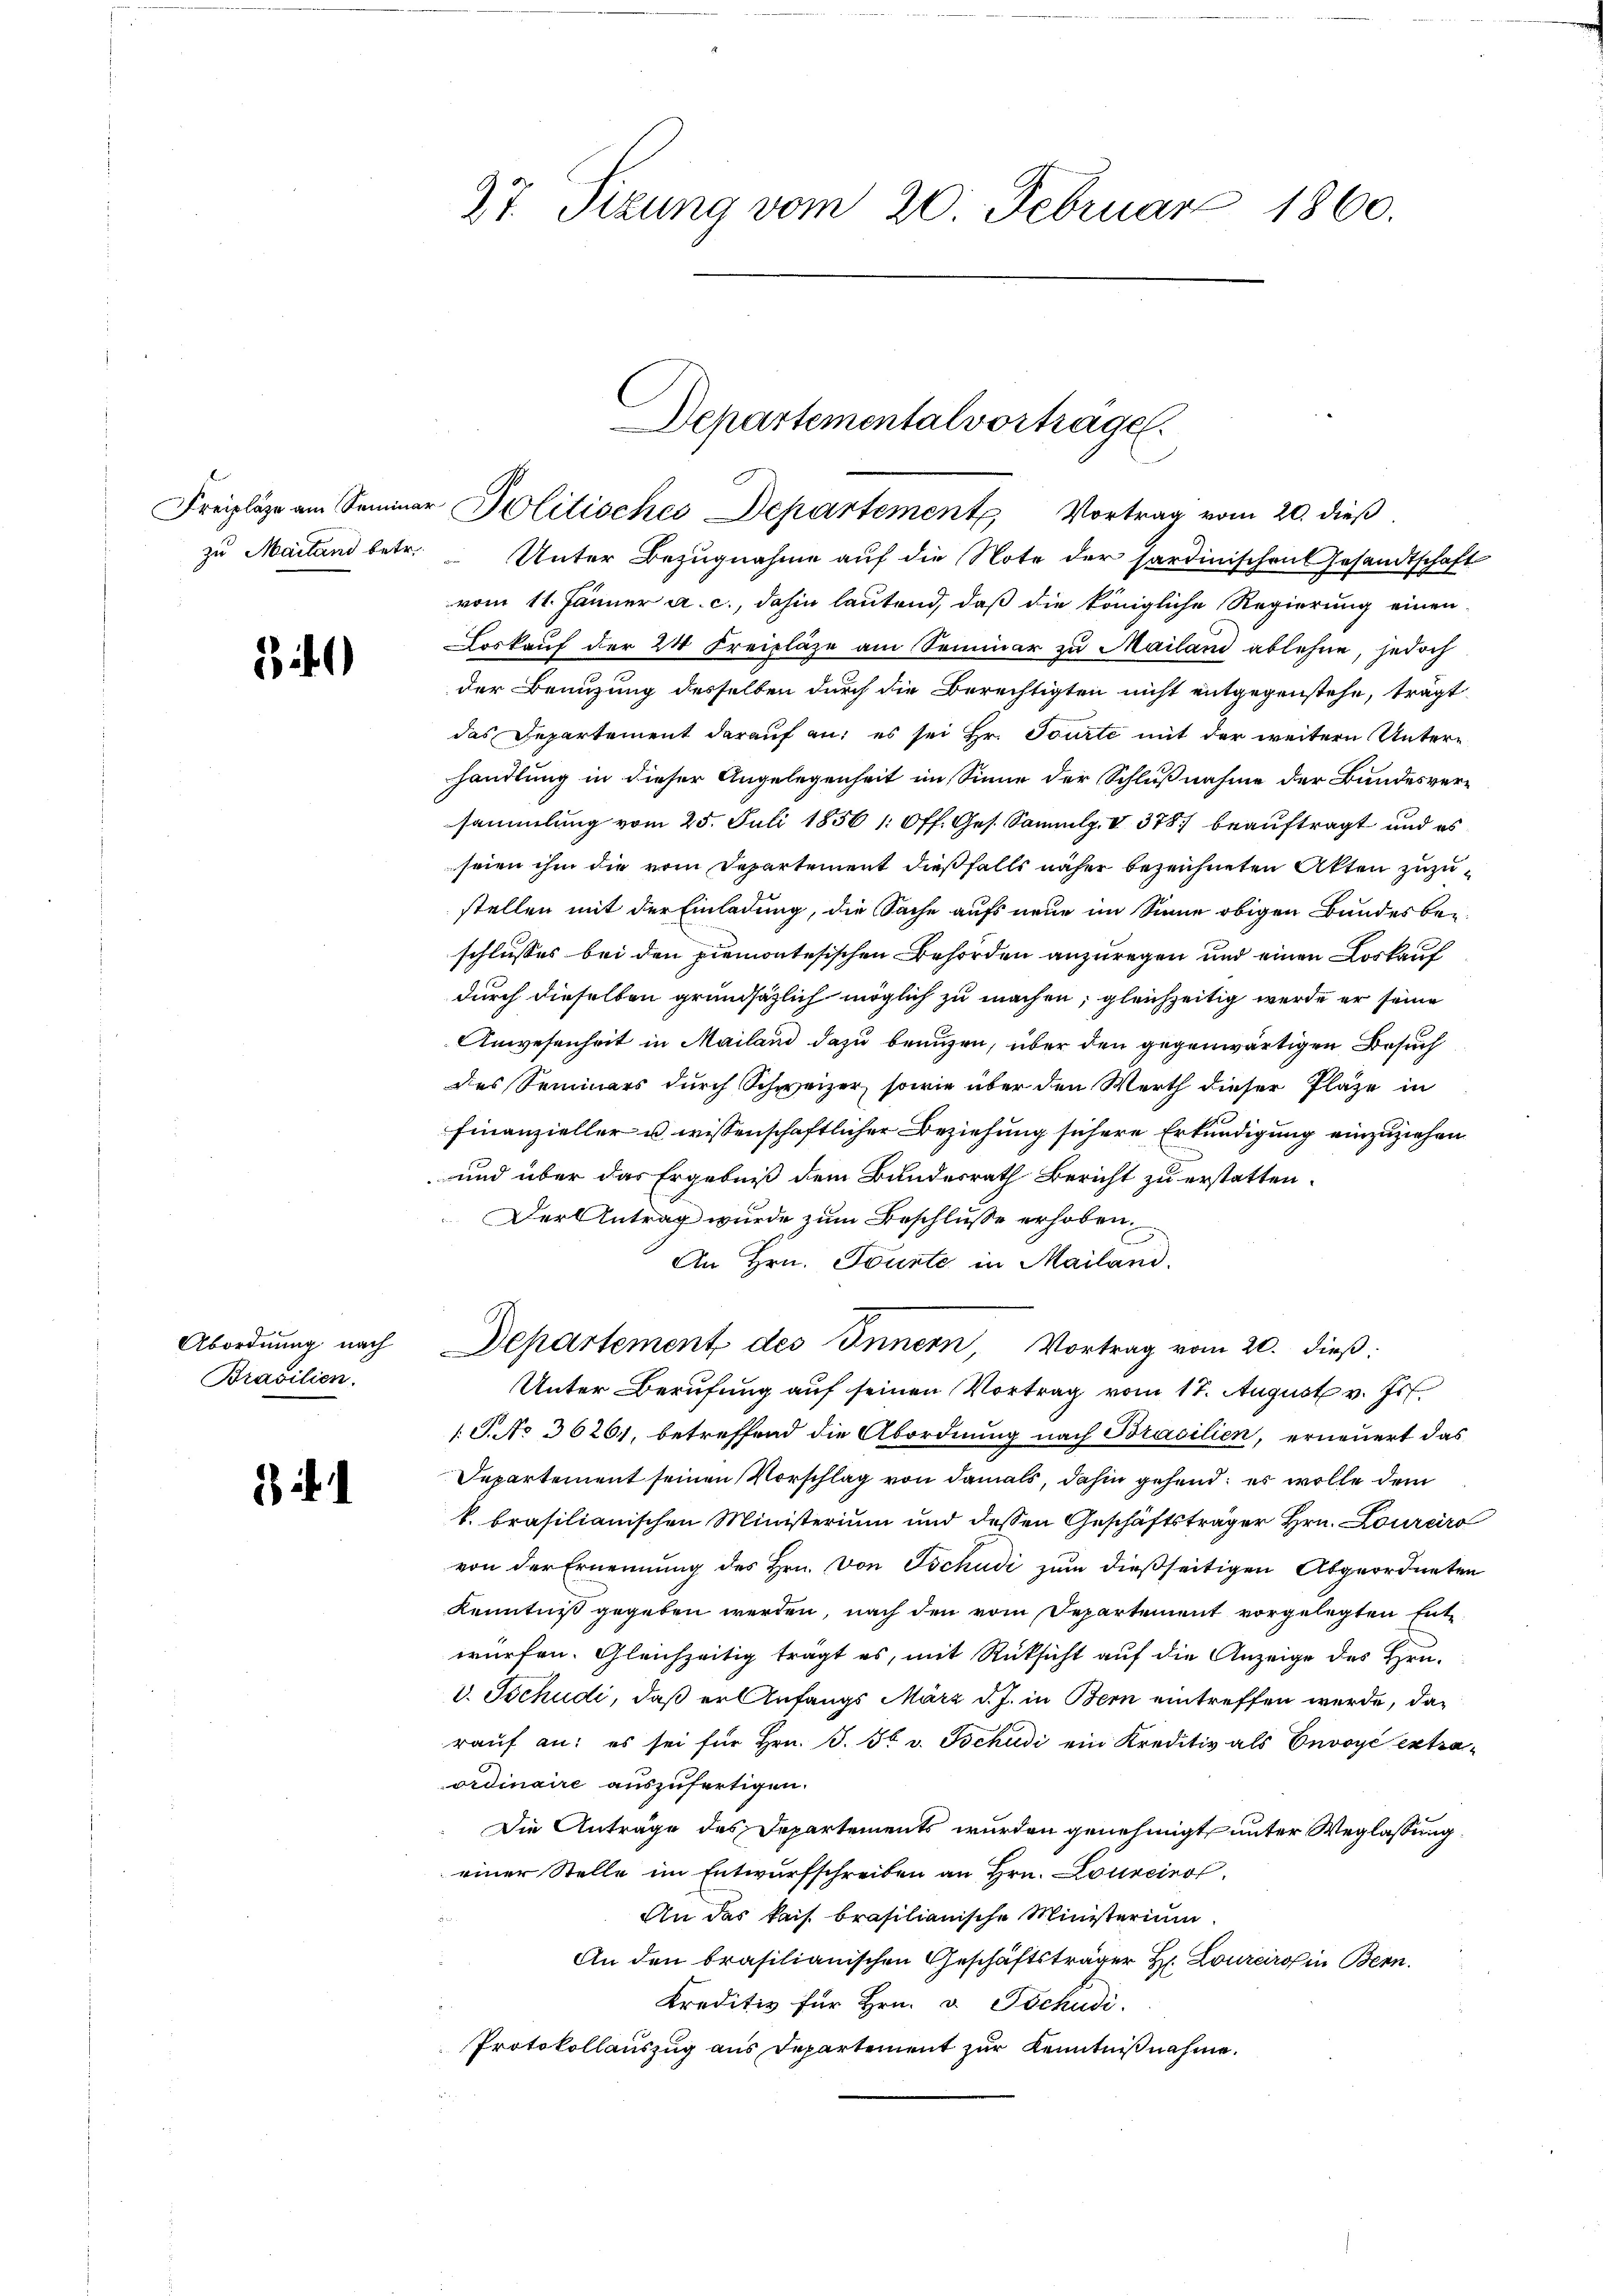
zu Mailand betr.

3

Abordnung nach
Brasilien.

) ih

27 Sizung vom 20. Februar 1860.

Unter Bezugnahme auf die Note der Sardinischen Gesandtschaft
vom 11. Jänner a. c., dahin lautend, daß die königliche Regierung einen
Loskauf der 24 Freilage am Seminar zu Mailand ablehne, jedoch
der Benuzung desselben durch die Berechtigten nicht entgegenstehe, trägt
das Departement darauf an, es sei Hr. Tourte mit der weitern Untere
handlung in dieser Angelegenheit im Sinne der Schlußnahme der Bandesversammlung vom 25. Juli 1856 /: 6 ff. Ges. Sammlg. V 3787 beauftragt und es
seien ihm die vom Departement dießfalls näher bezeichneten Akten zuzustellen mit der Einladung, die Sache aufs neue im Sinne obigen Bundesbeschlusses bei den Piemontesischen Behörden anzuregen und einen Loskauf
durch dieselben grundsätzlich möglich zu machen, gleichzeitig werde er seine
Anwesenheit in Mailand dazu benuzen, über den gegenwärtigen Besuch
des Seminars durch Schweizer, sowie über den Werth dieser Plaze in
Finanzieller u. wissenschaftlicher Beziehung sichere Erkundigung einzuziehen
und über das Ergebniß dem Bundesrath Bericht zu erstatten.
Der Antrag wurde zum Beschluße erhoben.
An Hrn. Tourte in Mailand.
Departement des Innern, Vortrag vom 20. dieß:
Unter Berufung auf seinen Vortrag vom 17. August v. Js.
1 S. No 36261, betreffend die Abordnung nach Brasilien, erneuert das
Separtement seinen Vorschlag von damals, dahin gehend; es wolle dem
k. brasilianischen Ministerium und dessen Geschäftsträger Hrn. Lourcir
von der Ernennung des Hrn. von Tschudi zum dießseitigen Abgeordneten
Kenntniß gegeben werden, nach den vom Departement vorgelegten Entwürfen. Gleichzeitig trägt es, mit Rücksicht auf die Anzeige des Hra-
v. Tschudi, daß er Anfangs März d. J. in Bern eintreffen wurde, darauf an: es sei für Hrn. J. H. v. Tschudi ein Kreditiv als Envoyé extraordinaire auszufertigen.
Die Anträge des Departements wurden genehmigt unter Weglassung
einer Stelle im Entwurfschreiben an Hrn. Lourcino.
An das kais. brasilianische Ministerium
n
An den brasilianischen Geschäftsträger Hr. Lourciro in Bern.
Kreditiv für Hrn. v. Tschudi
Protokollauszug aus Departement zur Kenntnißnahme.

Departementalvortrage.
Freiplaze am Seminar Politisches Departement Vortrag vom 20. dieβ